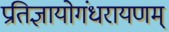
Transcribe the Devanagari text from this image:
प्रतिज्ञायोगंधरायणम्